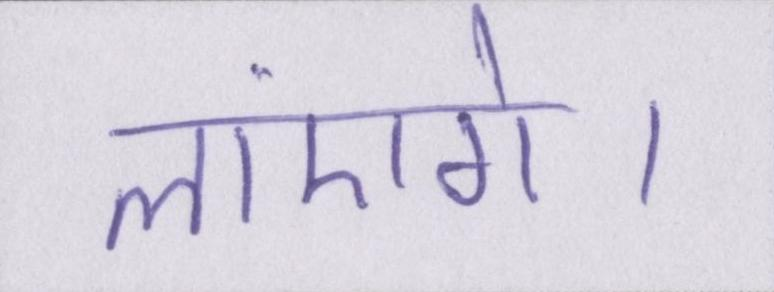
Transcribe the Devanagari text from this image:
लाएंगे।